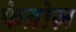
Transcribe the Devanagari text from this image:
फेब्रोज़